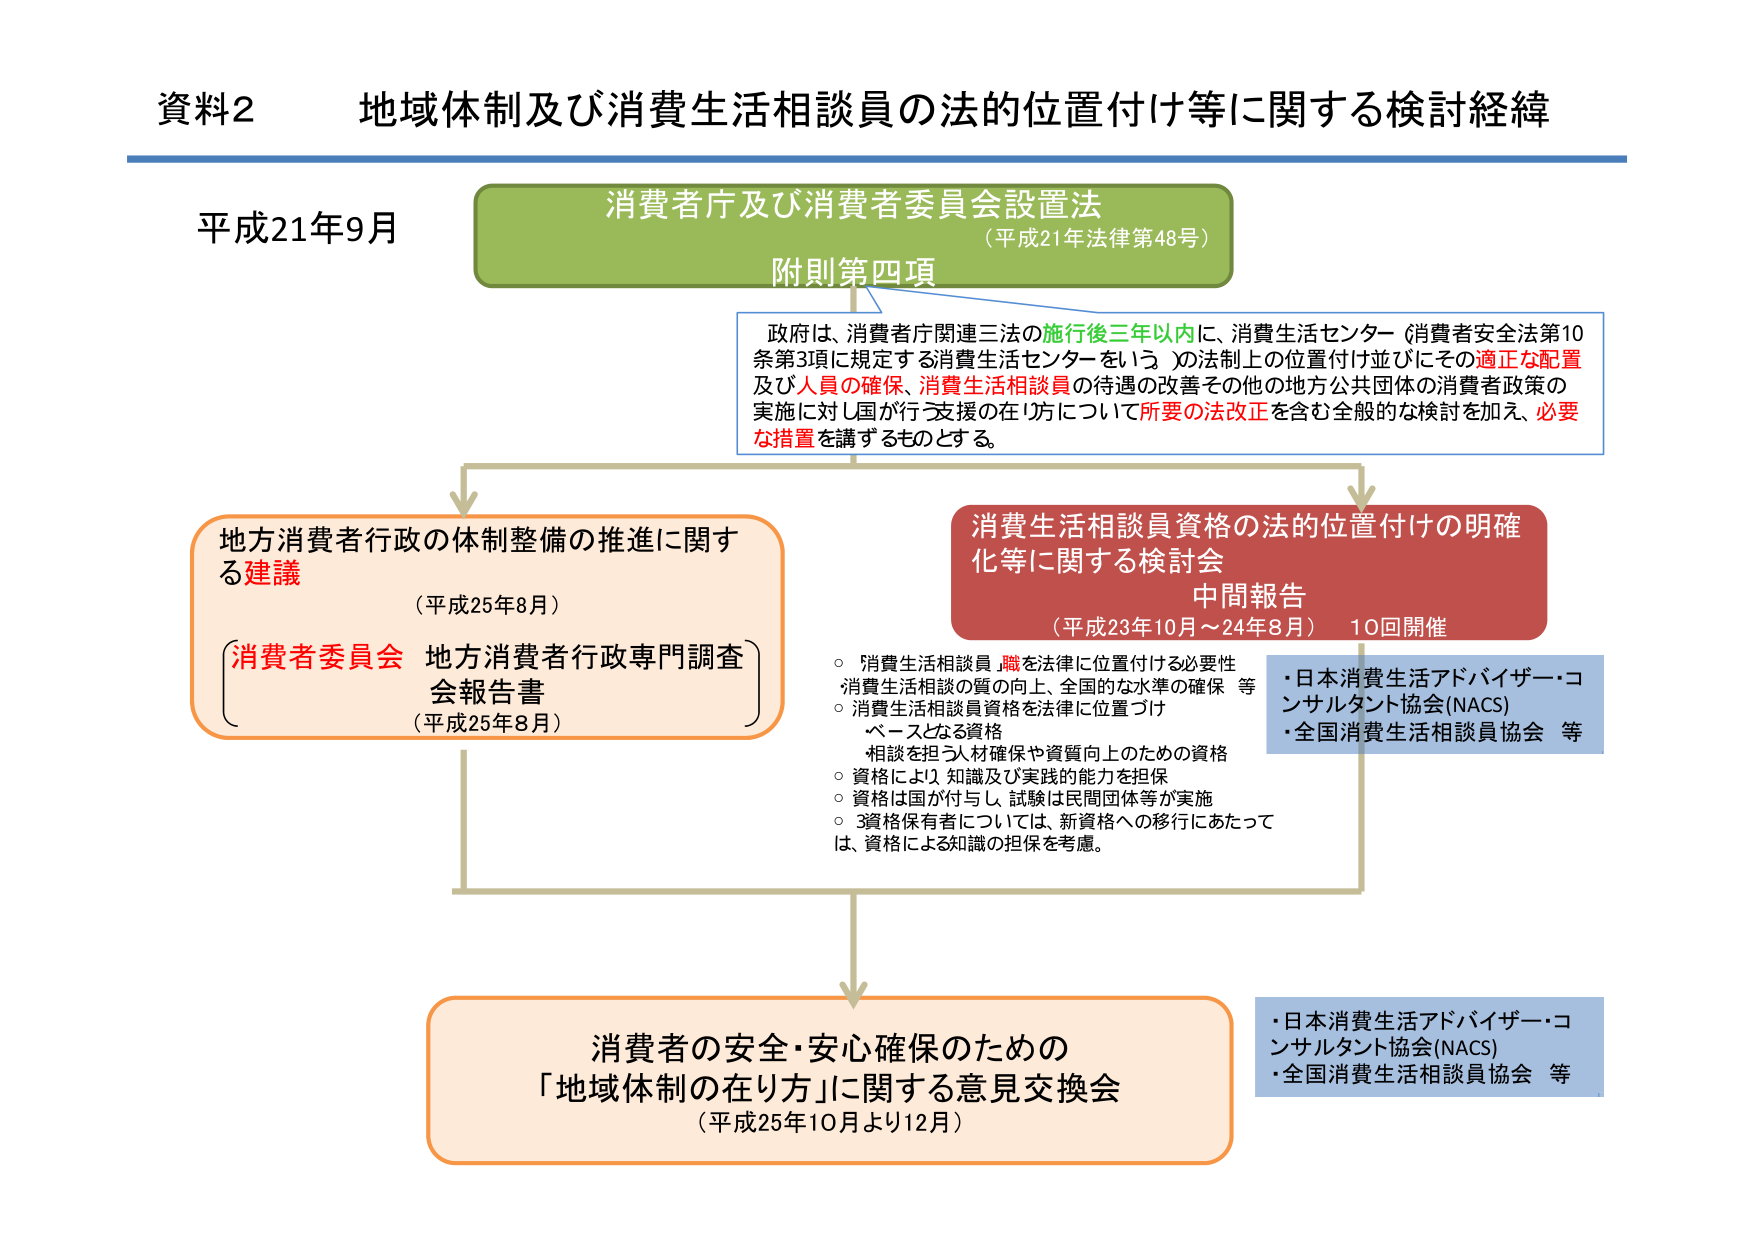
資料2 地域体制及び消費生活相談員の法的位置付け等に関する検討経緯

平成21年9月

消費者庁及び消費者委員会設置法
（平成21年法律第48号）
附則第四項

政府は、消費者庁関連三法の施行後三年以内に、消費生活センター（消費者安全法第10条第3項に規定する消費生活センターをいう。）の法制上の位置付け並びにその適正な配置及び人員の確保、消費生活相談員の待遇の改善その他の地方公共団体の消費者政策の実施に対し国が行う支援の在り方について所要の法改正を含む全般的な検討を加え、必要な措置を講ずるものとする。

地方消費者行政の体制整備の推進に関する建議
（平成25年8月）

消費者委員会 地方消費者行政専門調査会報告書
（平成25年8月）

消費生活相談員資格の法的位置付けの明確化等に関する検討会
中間報告
（平成23年10月～24年8月） 10回開催

・消費生活相談員職を法律に位置付ける必要性
消費生活相談の質の向上、全国的な水準の確保 等
・消費生活相談員資格を法律に位置づけ
ベースとなる資格
相談を担う人材確保や資質向上のための資格
・資格により、知識及び実践的能力を担保
・資格は国が付与し、試験は民間団体等が実施
・3資格保有者については、新資格への移行にあたっては、資格による知識の担保を考慮。

・日本消費生活アドバイザー・コンサルタント協会(NACS)
・全国消費生活相談員協会 等

消費者の安全・安心確保のための
「地域体制の在り方」に関する意見交換会
（平成25年10月より12月）

・日本消費生活アドバイザー・コンサルタント協会(NACS)
・全国消費生活相談員協会 等